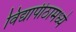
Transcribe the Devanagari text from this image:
विद्यापीठामध्‍ये